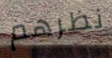
نظرهم